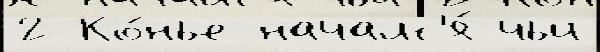
2 Ко́нье началс'я́ чьи